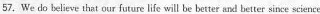
57. We do believe that our future life will be better and better since science